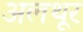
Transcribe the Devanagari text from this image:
अलथूर